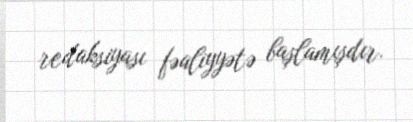
redaksiyası fəaliyyətə başlamışdır.